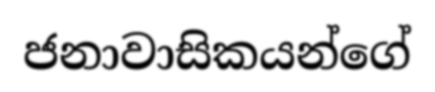
ජනාවාසිකයන්ගේ